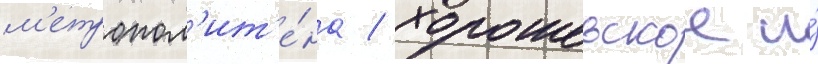
м'етропол'ит'е́на / хорошевское и́